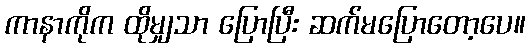
ကာနာကိုက ထိုမျှသာ ပြောပြီး ဆက်မပြောတော့ပေ။